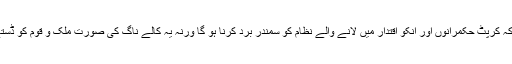
انہوں نے کہاکہ کرپٹ حکمرانوں اور انکو اقتدار میں لانے والے نظام کو سمندر برد کرنا ہو گا ورنہ یہ کالے ناگ کی صورت ملک و قوم کو ڈستے رہیں گے ۔